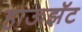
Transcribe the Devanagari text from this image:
हाऊझॅट